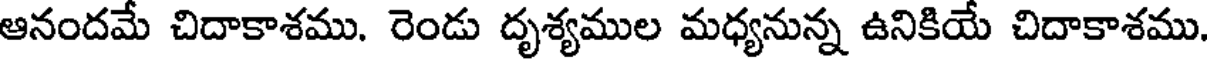
ఆనందమే చిదాకాశము. రెండు దృశ్యముల మధ్యనున్న ఉనికియే చిదాకాశము